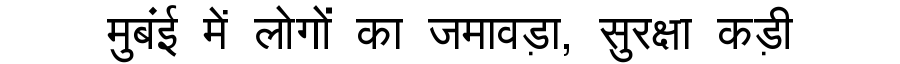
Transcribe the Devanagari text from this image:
मुबंई में लोगों का जमावड़ा, सुरक्षा कड़ी